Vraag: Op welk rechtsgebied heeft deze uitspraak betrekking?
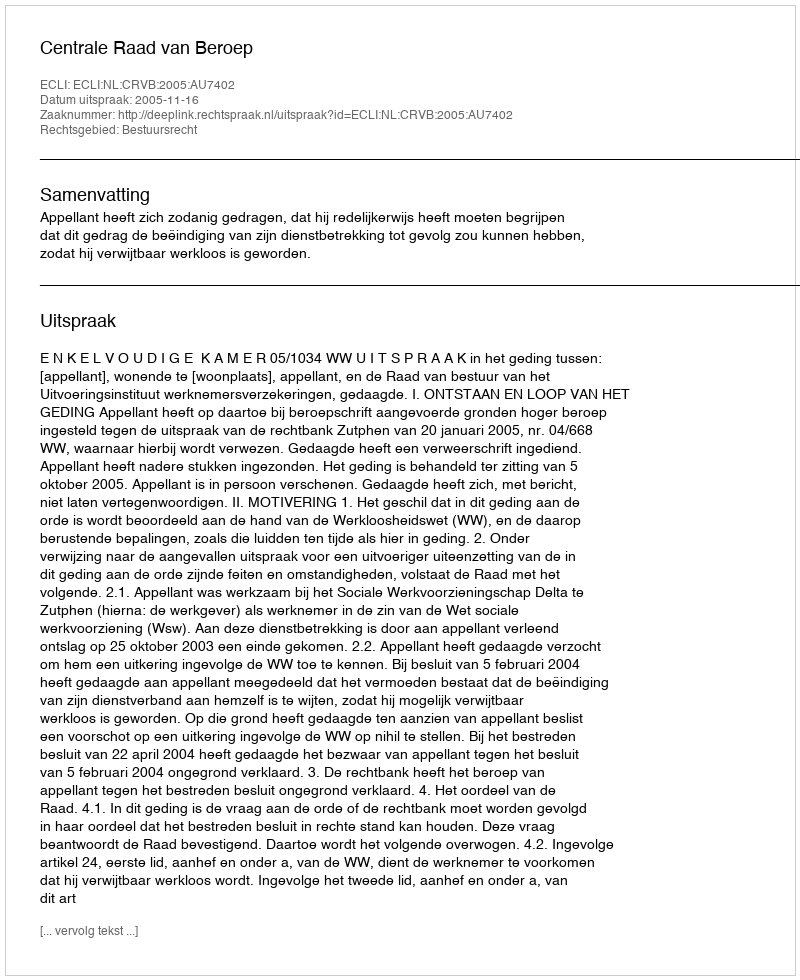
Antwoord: Bestuursrecht